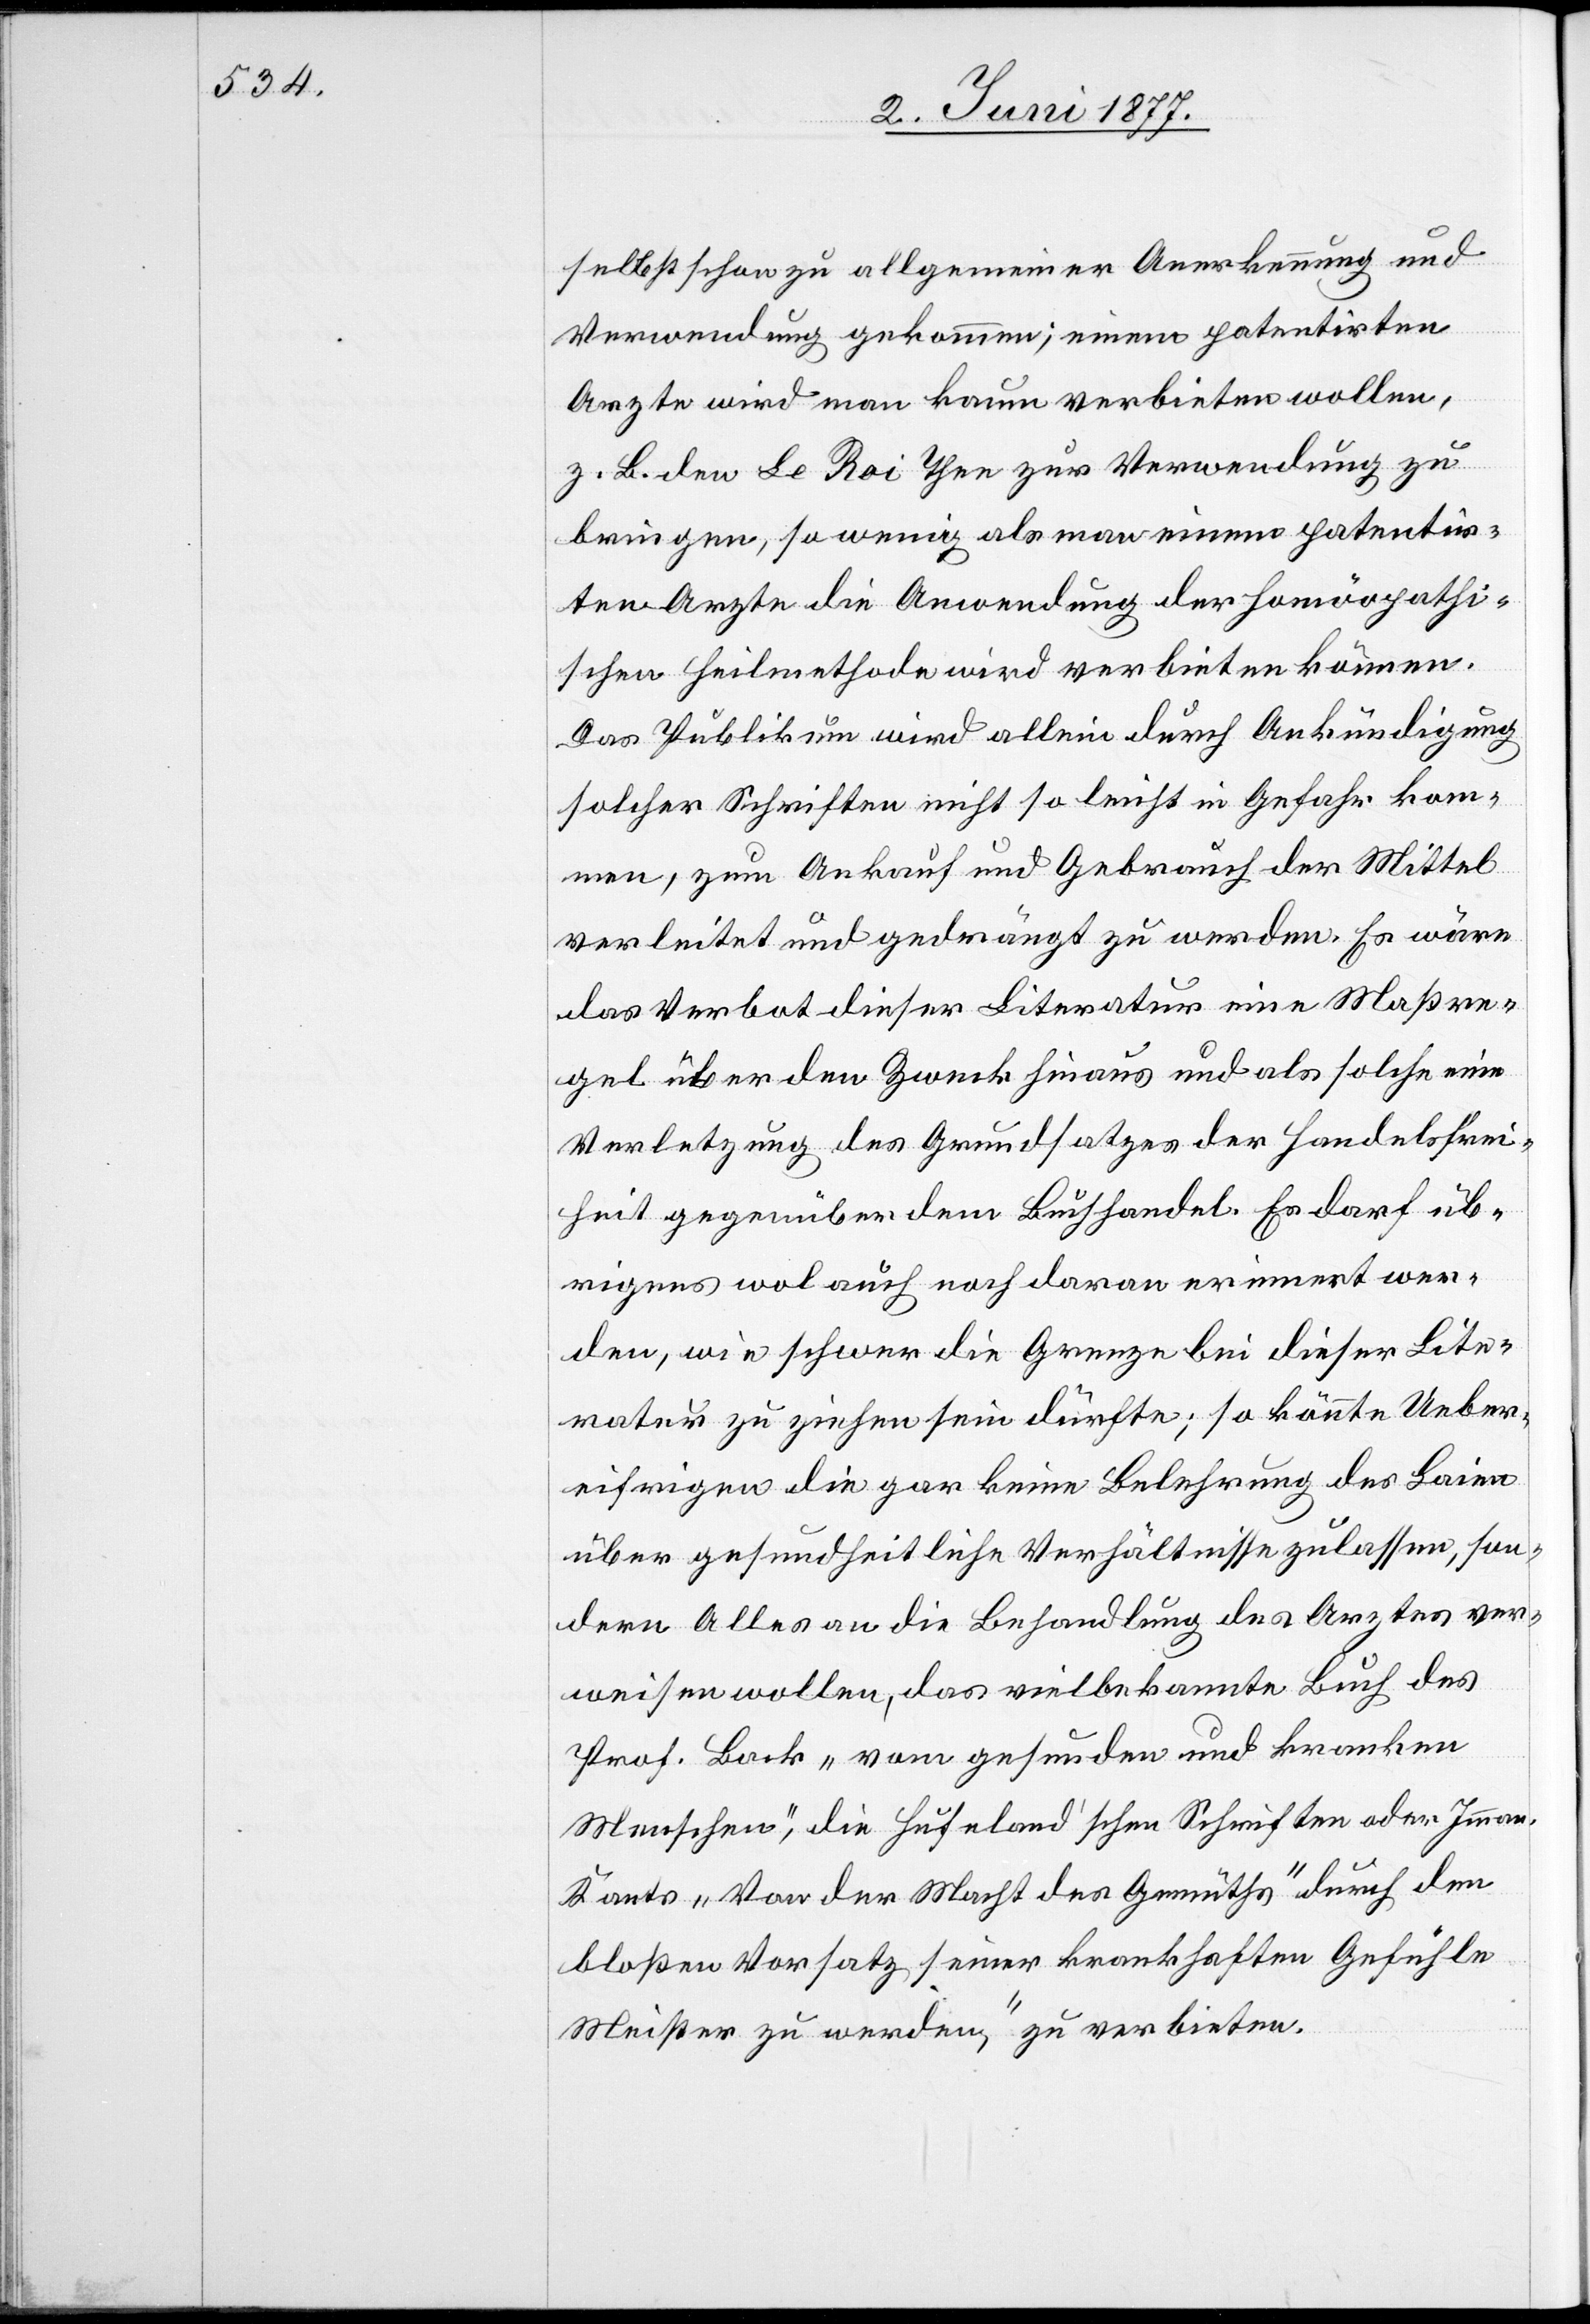
selbst schon zu allgemeiner Anerkennung und
Verwendung gekommen: einem patentirten
Arzte wird man kaum verbieten wollen,
z. B. den Le Roi Thee zur Verwendung zu
bringen, so wenig als man einem patentir¬
ten Arzte die Anwendung der Homöopathi¬
schen Heilmethode wird verbieten können.
Das Publikum wird allein durch Ankündigung
solcher Schriften nicht so leicht in Gefahr kom¬
men, zum Ankauf und Gebrauch der Mittel
verleitet und gedrängt zu werden. Es wäre
das Verbot dieser Literatur eine Maßre¬
gel über den Zweck hinaus und als solche eine
Verletzung des Grundsatzes der Handelsfrei¬
heit gegenüber dem Buchhandel. Es darf üb¬
rigens wol auch noch daran erinnert wer¬
den, wie schwer die Grenze bei dieser Lite¬
ratur zu ziehen sein dürfte; so könnte Ueber¬
eifrigen die gar keine Belehrung des Laien
über gesundheitliche Verhältnisse zulassen, son¬
dern Alles an die Behandlung des Arztes ver¬
weisen wollen, das vielbekannte Buch des
Prof. Back „vom gesunden und kranken
Menschen“, die Hufeland’schen Schriften oder Iman.
Kants „Von der Macht des Gemüths, durch den
bloßen Vorsatz seiner krankhaften Gefühle
Meister zu werden“, zu verbieten.